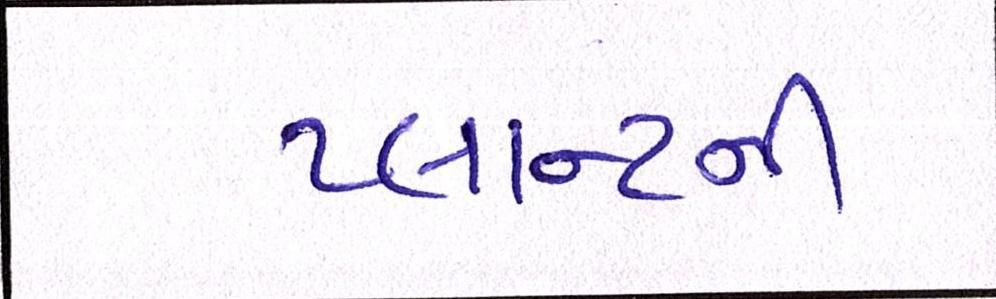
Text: પ્લાન્ટની